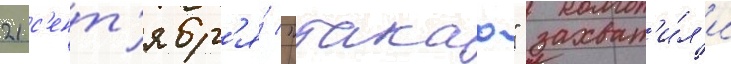
21 с'ент'ябр'я́ "такао" захват'и́л'и